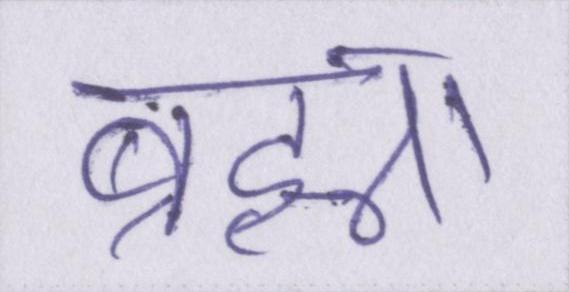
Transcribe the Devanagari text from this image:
ब्रह्मा